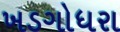
ખડગોધરા